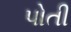
પોતી